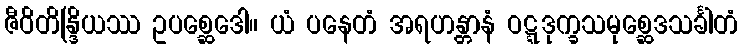
ဇီဝိတိန္ဒြိယဿ ဥပစ္ဆေဒေါ။ ယံ ပနေတံ အရဟန္တာနံ ဝဋ္ဋဒုက္ခသမုစ္ဆေဒသင်္ခါတံ